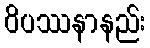
ဝိပဿနာနည်း